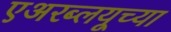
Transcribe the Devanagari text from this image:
एअरब्लयूच्या